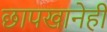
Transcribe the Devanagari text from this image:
छापखानेही